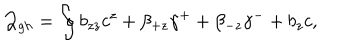
{ \cal Q } _ { g h } = \oint b _ { z z } c ^ { z } + \beta _ { + z } \gamma ^ { + } + \beta _ { - z } \gamma ^ { - } + b _ { z } c ,